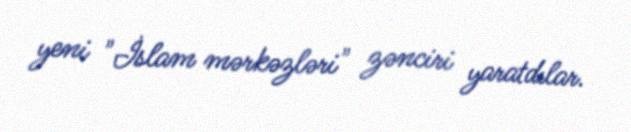
yeni "İslam mərkəzləri" zənciri yaratdılar.